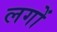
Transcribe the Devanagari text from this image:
लगों